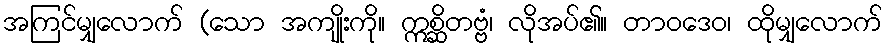
အကြင်မျှလောက် (သော အကျိုးကို။ ဣစ္ဆိတဗ္ဗံ၊ လိုအပ်၏။ တာဝဒေဝ၊ ထိုမျှလောက်